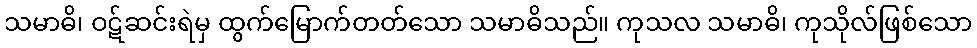
သမာဓိ၊ ဝဋ်ဆင်းရဲမှ ထွက်မြောက်တတ်သော သမာဓိသည်။ ကုသလ သမာဓိ၊ ကုသိုလ်ဖြစ်သော